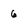
Character: 6